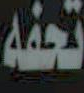
تحفه